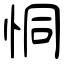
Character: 恫